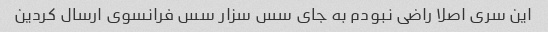
این سری اصلا راضی نبودم به جای سس سزار سس فرانسوی ارسال کردین